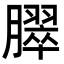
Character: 臎